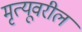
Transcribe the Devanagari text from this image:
मृत्यूवरील